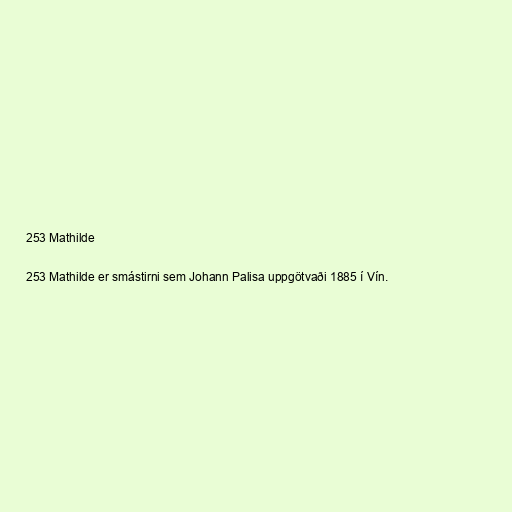
253 Mathilde

253 Mathilde er smástirni sem Johann Palisa uppgötvaði 1885 í Vín.